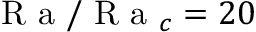
\mathrm { ~ R ~ a ~ } / \mathrm { ~ R ~ a ~ } _ { c } = 2 0